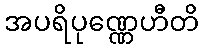
အပရိပုဏ္ဏေဟီတိ